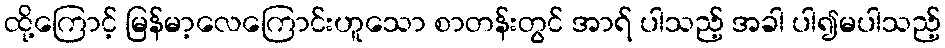
ထို့ကြောင့် မြန်မာ့လေကြောင်းဟူသော စာတန်းတွင် အာရ် ပါသည့် အခါ ပါ၍မပါသည့်